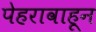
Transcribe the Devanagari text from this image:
पेहरावाहून